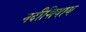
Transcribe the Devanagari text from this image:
नदीशिवाय